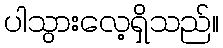
ပါသွားလေ့ရှိသည်။